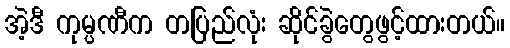
အဲ့ဒီ ကုမ္ပဏီက တပြည်လုံး ဆိုင်ခွဲတွေဖွင့်ထားတယ်။